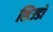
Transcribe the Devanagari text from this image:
शिउडो